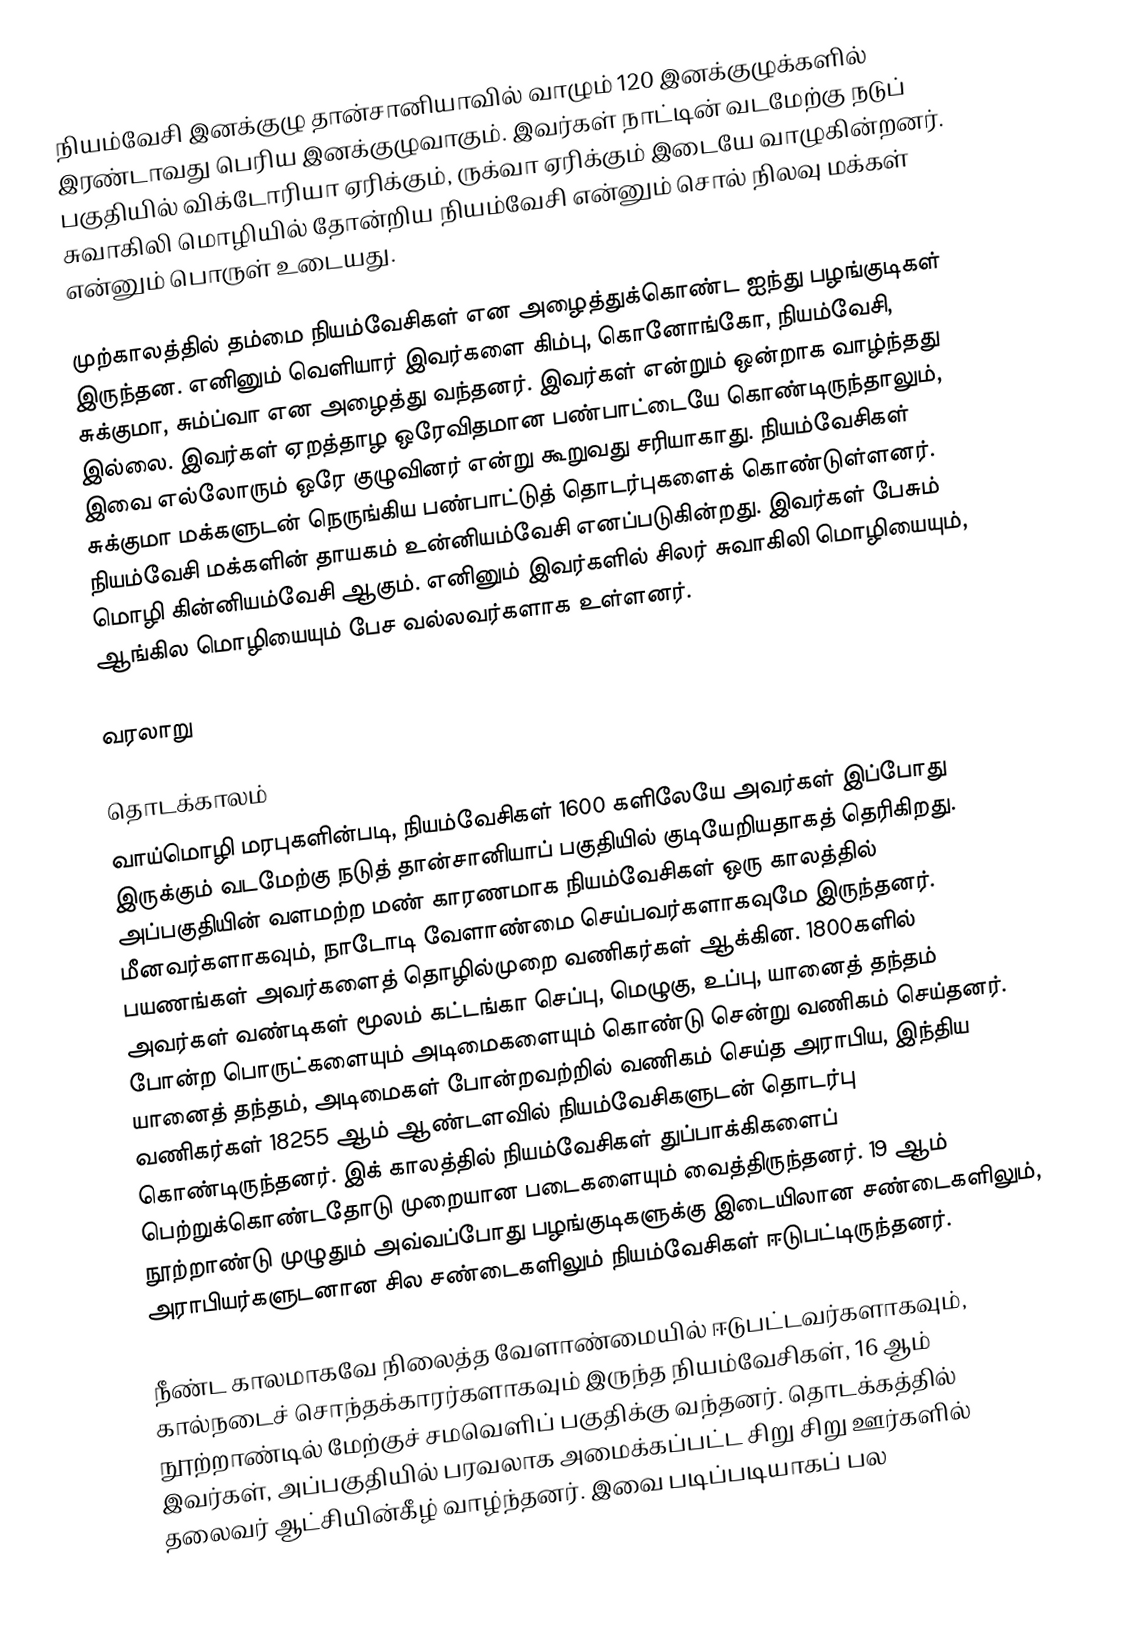
நியம்வேசி இனக்குழு தான்சானியாவில் வாழும் 120 இனக்குழுக்களில் இரண்டாவது பெரிய இனக்குழுவாகும். இவர்கள் நாட்டின் வடமேற்கு நடுப் பகுதியில் விக்டோரியா ஏரிக்கும், ருக்வா ஏரிக்கும் இடையே வாழுகின்றனர். சுவாகிலி மொழியில் தோன்றிய நியம்வேசி என்னும் சொல் நிலவு மக்கள் என்னும் பொருள் உடையது.

முற்காலத்தில் தம்மை நியம்வேசிகள் என அழைத்துக்கொண்ட ஐந்து பழங்குடிகள் இருந்தன. எனினும் வெளியார் இவர்களை கிம்பு, கொனோங்கோ, நியம்வேசி, சுக்குமா, சும்ப்வா என அழைத்து வந்தனர். இவர்கள் என்றும் ஒன்றாக வாழ்ந்தது இல்லை. இவர்கள் ஏறத்தாழ ஒரேவிதமான பண்பாட்டையே கொண்டிருந்தாலும், இவை எல்லோரும் ஒரே குழுவினர் என்று கூறுவது சரியாகாது. நியம்வேசிகள் சுக்குமா மக்களுடன் நெருங்கிய பண்பாட்டுத் தொடர்புகளைக் கொண்டுள்ளனர். நியம்வேசி மக்களின் தாயகம் உன்னியம்வேசி எனப்படுகின்றது. இவர்கள் பேசும் மொழி கின்னியம்வேசி ஆகும். எனினும் இவர்களில் சிலர் சுவாகிலி மொழியையும், ஆங்கில மொழியையும் பேச வல்லவர்களாக உள்ளனர்.

வரலாறு

தொடக்காலம்
வாய்மொழி மரபுகளின்படி, நியம்வேசிகள் 1600 களிலேயே அவர்கள் இப்போது இருக்கும் வடமேற்கு நடுத் தான்சானியாப் பகுதியில் குடியேறியதாகத் தெரிகிறது. அப்பகுதியின் வளமற்ற மண் காரணமாக நியம்வேசிகள் ஒரு காலத்தில் மீனவர்களாகவும், நாடோடி வேளாண்மை செய்பவர்களாகவுமே இருந்தனர். பயணங்கள் அவர்களைத் தொழில்முறை வணிகர்கள் ஆக்கின. 1800களில் அவர்கள் வண்டிகள் மூலம் கட்டங்கா செப்பு, மெழுகு, உப்பு, யானைத் தந்தம் போன்ற பொருட்களையும் அடிமைகளையும் கொண்டு சென்று வணிகம் செய்தனர். யானைத் தந்தம், அடிமைகள் போன்றவற்றில் வணிகம் செய்த அராபிய, இந்திய வணிகர்கள் 18255 ஆம் ஆண்டளவில் நியம்வேசிகளுடன் தொடர்பு கொண்டிருந்தனர். இக் காலத்தில் நியம்வேசிகள் துப்பாக்கிகளைப் பெற்றுக்கொண்டதோடு முறையான படைகளையும் வைத்திருந்தனர். 19 ஆம் நூற்றாண்டு முழுதும் அவ்வப்போது பழங்குடிகளுக்கு இடையிலான சண்டைகளிலும், அராபியர்களுடனான சில சண்டைகளிலும் நியம்வேசிகள் ஈடுபட்டிருந்தனர்.

நீண்ட காலமாகவே நிலைத்த வேளாண்மையில் ஈடுபட்டவர்களாகவும், கால்நடைச் சொந்தக்காரர்களாகவும் இருந்த நியம்வேசிகள், 16 ஆம் நூற்றாண்டில் மேற்குச் சமவெளிப் பகுதிக்கு வந்தனர். தொடக்கத்தில் இவர்கள், அப்பகுதியில் பரவலாக அமைக்கப்பட்ட சிறு சிறு ஊர்களில் தலைவர் ஆட்சியின்கீழ் வாழ்ந்தனர். இவை படிப்படியாகப் பல